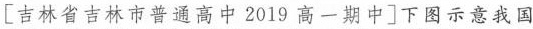
[吉林省吉林市普通高中2019高一期中]下图示意我国